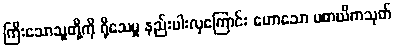
ကြီးသောသူတို့ကို ရိုသေမှု နည်းပါးလှကြောင်း ဟောသော ပစာယိကသုတ်